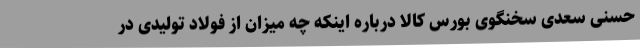
حسنی سعدی سخنگوی بورس کالا درباره اینکه چه میزان از فولاد تولیدی در